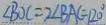
\angle B O C = 2 \angle B A C = 1 2 0 ^ { \circ }